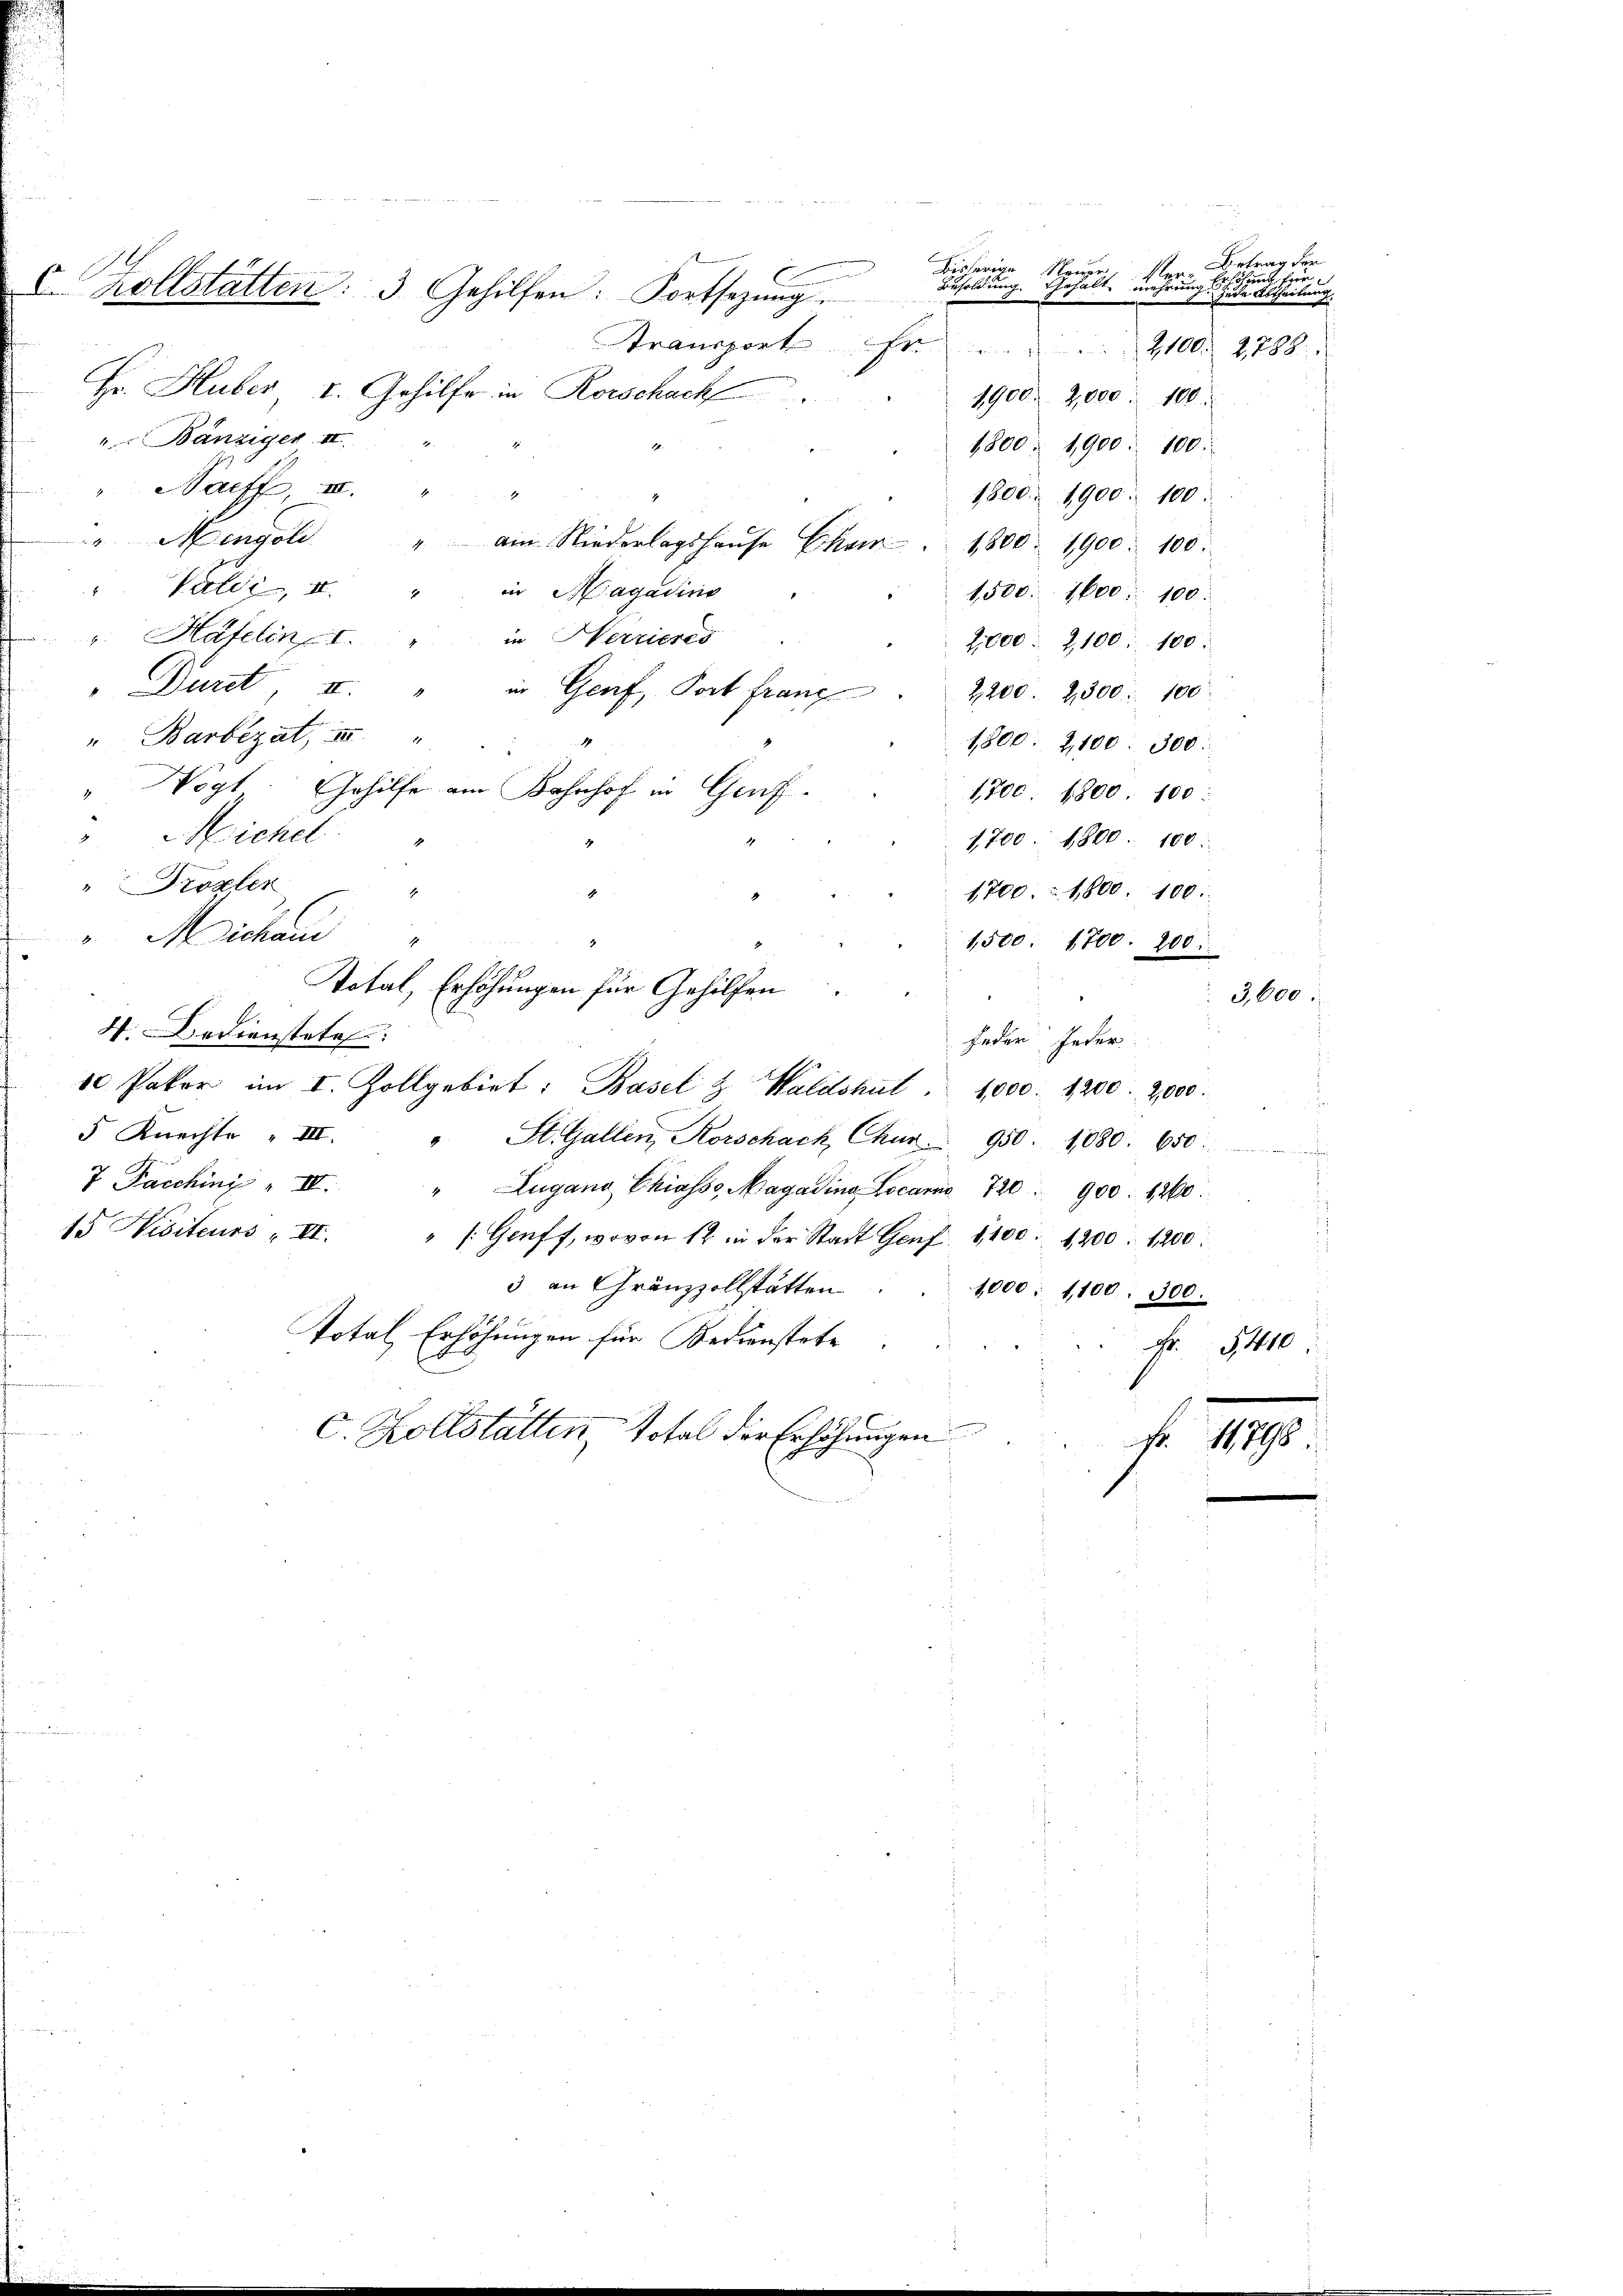
u. Kollstätten: 3. Gehilfen: Fortsetzŭng

Stransport Er .......
Hr. Huber, V. Gehilfe in Rorschach
1900. 2,000 : 100.
" Bänziger II.
1800. 1900. 100.
Naeff, II. " "
1800. 1900 : 100.
" Mengel " ain Niederlagshaŭse Char 1800. 1900 : 100.
". Talić, 2. "
in Magadins
1,500. 1600. 100.
v. Häfelin I
in Herrieres
2,000. 2100 : 100.
"Durst II. " in Genf, Post franz
2,200. 2300. 100
" Barbezat II
1,800: 2,100. 300.

Wogt. Gehilfe am Bahnhof in Genf
1,700. 1800. 100:
Michel
1,700 1800. 100:
1
"Prözler
1

1700. u 1800. 100:
" Michaus
.
1,500. 1700. 200
Total, Erhöhungen für Gehilfen
3,600.
4. Bedienstete:
jeder Jeder
10 Paker im I. Zollgebiet: Basel & Waldshut. 1000. 1200. 2,000.
5 Knechte III. " St. Gallen, Korschack, Chur 950. 1080. 650.
7 Pacchinz " IV. " Zugano Chiasso, Magarina Locarna 720 " 900 : 1200.
15 Visiteurs " VI. " " Genff, wovon 12 in der Stadt Genf, 1100. 1200 : 1200.
3 an Gränzzollstätten
1,000 : 1100. 300.
Total, Erhöhungen für Bedienstete.
Fr. 5410.
.
C. Zollstätten, total der Erhöhungen
fr. 11798.

C

bisherige Neuer
Besoldung.
Gehalt mehrung zur Abtheilung
2
x

Antrag der
Erhöhung für
2100. 2788.